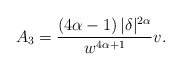
\begin{align*}A_{3}=\frac{\left( 4\alpha-1\right) |\delta|^{2\alpha}}{w^{4\alpha+1}}v.\end{align*}